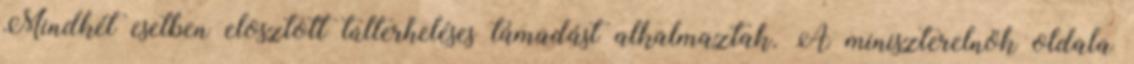
Mindkét esetben elosztott túlterheléses támadást alkalmaztak. A miniszterelnök oldala